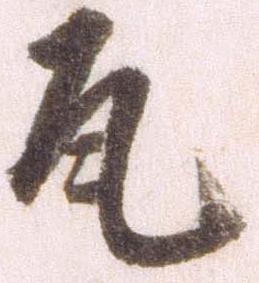
瓦